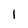
Character: 1